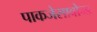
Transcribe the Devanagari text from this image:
पाकजेसावोन्ड